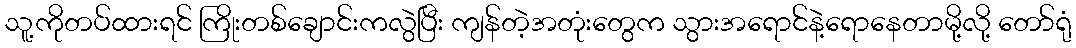
သူ့ကိုတပ်ထားရင် ကြိုးတစ်ချောင်းကလွဲပြီး ကျန်တဲ့အတုံးတွေက သွားအရောင်နဲ့ရောနေတာမို့လို့ တော်ရုံ